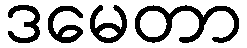
ဒမေတာ